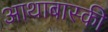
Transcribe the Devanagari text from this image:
आथाबास्की